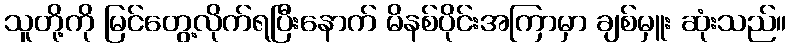
သူတို့ကို မြင်တွေ့လိုက်ရပြီးနောက် မိနစ်ပိုင်းအကြာမှာ ချစ်မှူး ဆုံးသည်။